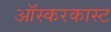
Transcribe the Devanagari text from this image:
ऑस्करकास्ट